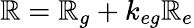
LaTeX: \mathbb{R}=\mathbb{R}_{g}+k_{eg}\mathbb{R}_{e}